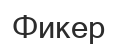
Фикер